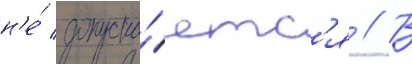
н'е́ допуска́етс'я // В